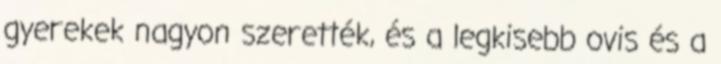
gyerekek nagyon szerették, és a legkisebb ovis és a